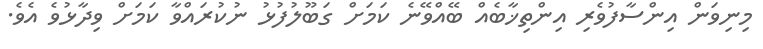
މިނިވަން އިންސާފުވެރި އިންތިޚާބެއް ބޭއްވޭނެ ކަމަށް ގަބޫލުފުޅު ނުކުރައްވާ ކަމަށް ވިދާޅުވެ އެވެ.